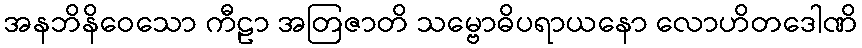
အနဘိနိဝေသော ကီဠာ အတြဇာတိ သမ္ဗောဓိပရာယနော လောဟိတဒေါဏိ